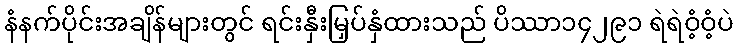
နံနက်ပိုင်းအချိန်များတွင် ရင်းနှီးမြှပ်နှံထားသည် ပိဿာ၁၄၂၉၁ ရဲရဲဝံ့ဝံ့ပဲ